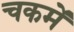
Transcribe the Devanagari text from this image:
चकमें